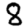
Digit: 8